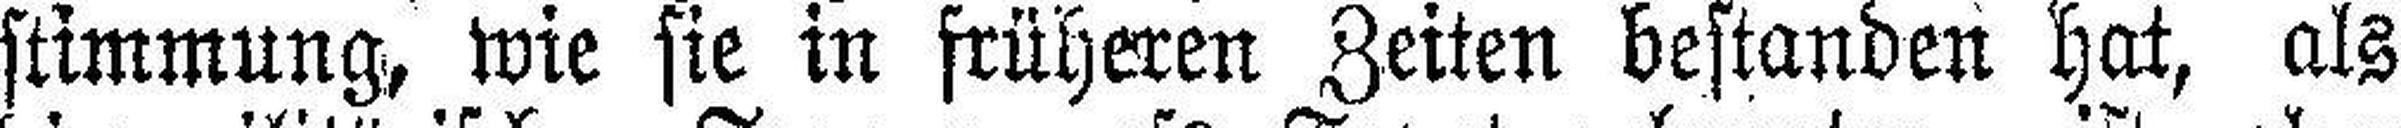
stimmung, wie sie in früheren Zeiten bestanden hat, als